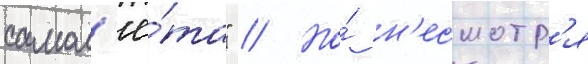
самол'ё́та" // Но́ н'есмотр'я